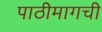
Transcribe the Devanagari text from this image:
पाठीमागची